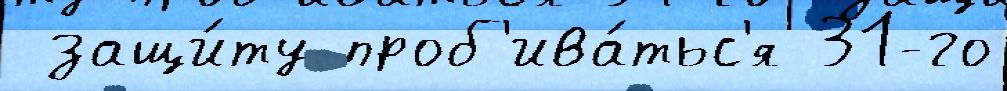
 защи́ту проб'ива́тьс'я 31-го